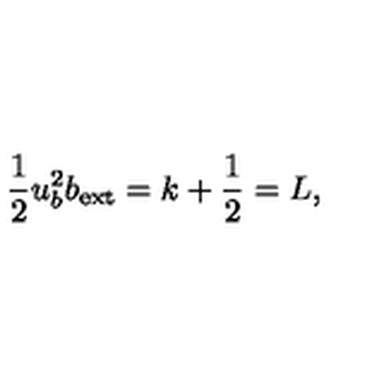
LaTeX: \frac { 1 } { 2 } u _ { b } ^ { 2 } b _ { \mathrm { e x t } } = k + \frac { 1 } { 2 } = L ,